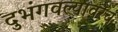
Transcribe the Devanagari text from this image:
दुभंगवल्यावरच